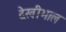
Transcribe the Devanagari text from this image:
देखीभाल